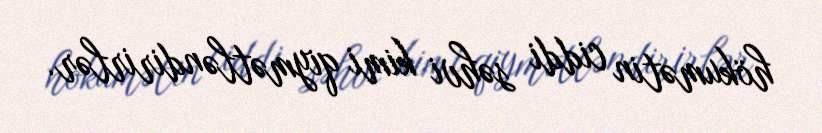
hökumətin ciddi səhvi kimi qiymətləndirirlər.